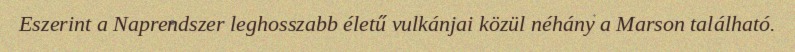
Eszerint a Naprendszer leghosszabb életű vulkánjai közül néhány a Marson található.